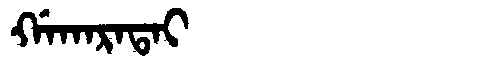
Manchu: ᡤᠠᡴᠠᡵᠠᡨᠠᡳ
Romanization: GAKARATAI